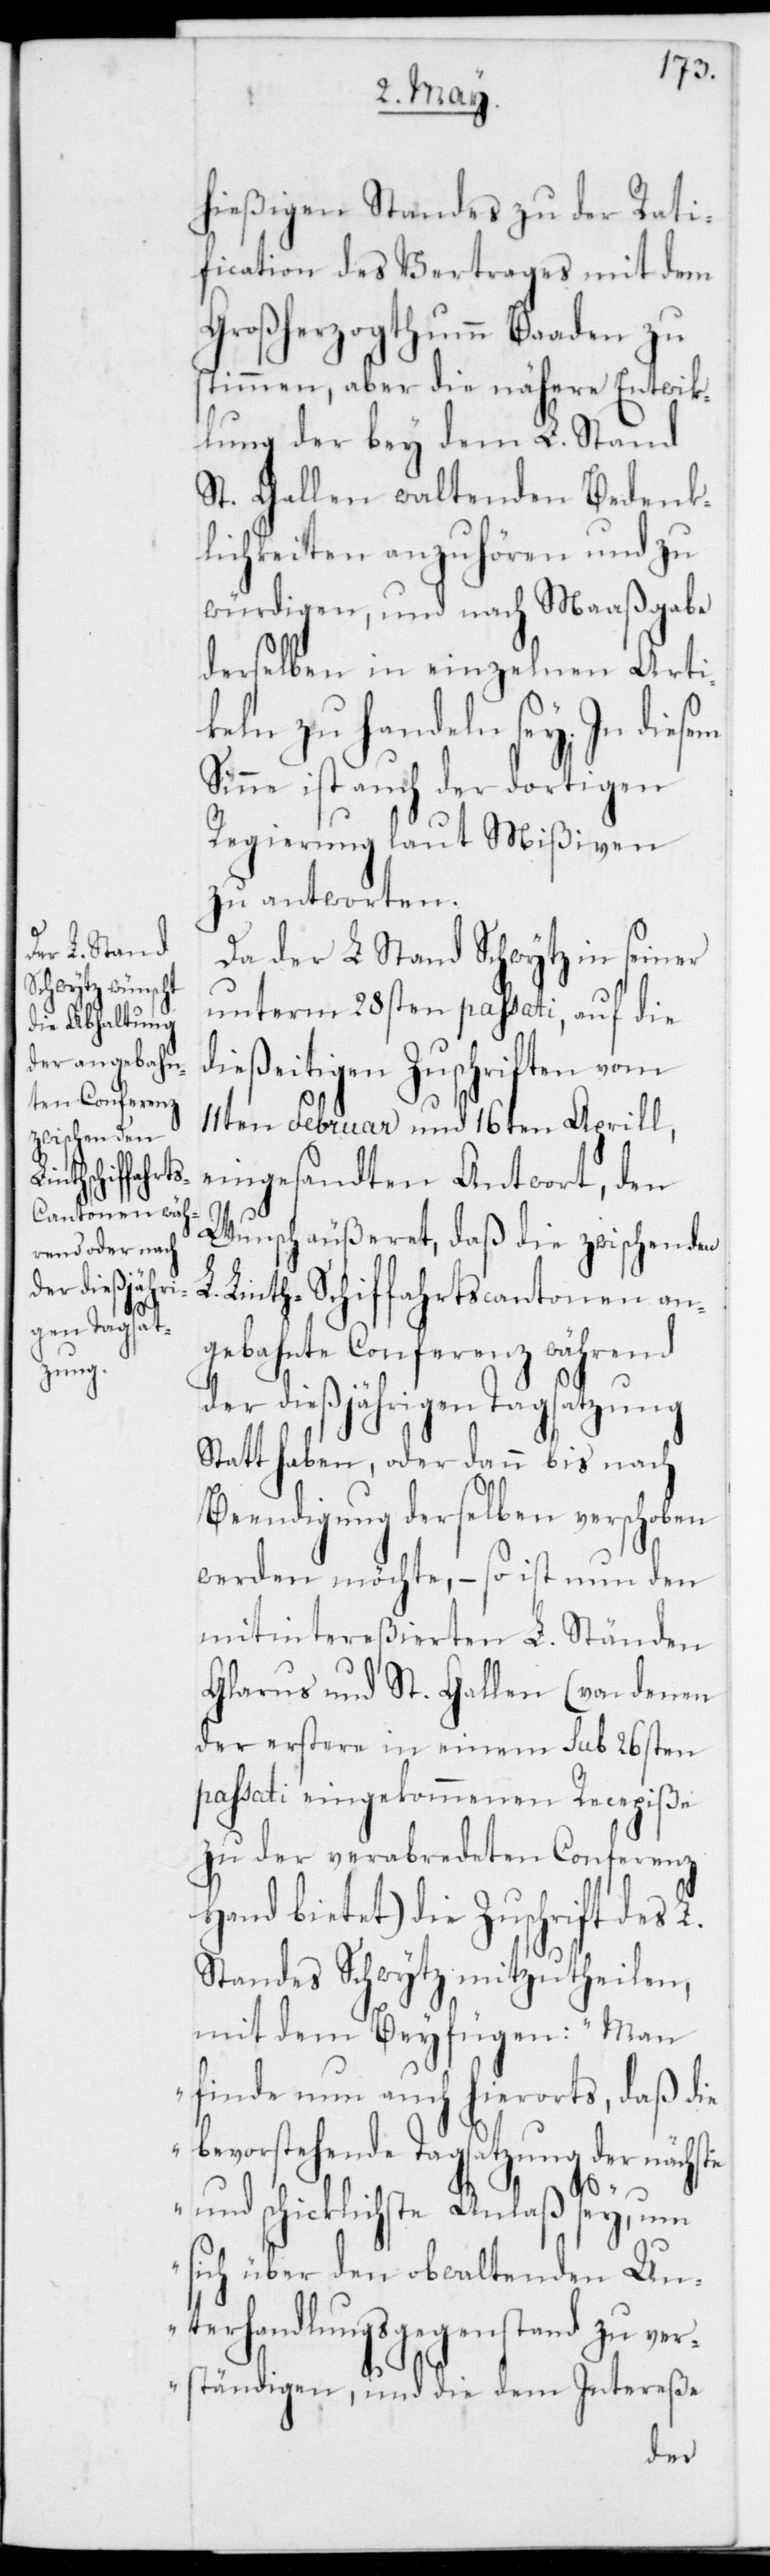
hießigen Standes zu der Rati¬
fication des Vertrages mit dem
Großherzogthumm Baaden zu¬
stimmen, aber die nähere Entwick¬
lung der bey dem L. Stand
St. Gallen waltenden Bedenk¬
lichkeiten anzuhören und zu
würdigen, und nach Maaßgabe
derselben in einzelnen Arti¬
keln zu handeln sey. In diesem
Sinne ist auch der dortigen
Regierung laut Mißiven
zu antworten.
Da der L. Stand Schwytz in seiner
unterm 28sten passati, auf die
ießeitigen Zuschriften vom
11ten Februar und 16ten Aprill
eingesandten Antwort, den
Wunsch äußeret, daß die zwischen den
L. Linthschiffahrtscantonen an¬
gebahnte Conferenz während
der dießjährigen Tagsatzung
Statt haben, oder dann bis nach
Beendigung derselben verschoben
werden möchte, – so ist nun den
mitintereßierten L. Ständen
Glarus und St. Gallen (von denen
er erstere in einem sub 26sten
passati eingekommenen Recepiße
zu der verabredeten Conferenz
Hand bietet) die Zuschrift des L.
Standes Schwytz mitzutheilen,
mit dem Beyfügen: „Man
finde nun auch hierorts, daß die
bevorstehende Tagsatzung der nächste
d¬
und schicklichste Anlaß sey, um
sich über den obwaltenden Un¬
terhandlungsgegenstand zu ver¬
ständigen, und die dem Intereße